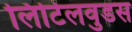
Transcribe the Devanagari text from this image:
लिटिलवुडस